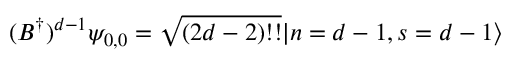
( B ^ { \dagger } ) ^ { d - 1 } \psi _ { 0 , 0 } = \sqrt { ( 2 d - 2 ) ! ! } | n = d - 1 , s = d - 1 \rangle